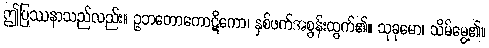
ဤပြဿနာသည်လည်း။ ဥဘတောကောဋိကော၊ နှစ်ဖက်အစွန်းထွက်၏။ သုခုမော၊ သိမ်မွေ့၏။